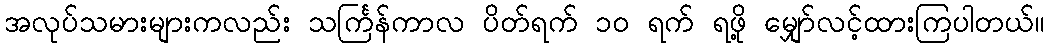
အလုပ်သမားများကလည်း သင်္ကြန်ကာလ ပိတ်ရက် ၁၀ ရက် ရဖို့ မျှော်လင့်ထားကြပါတယ်။